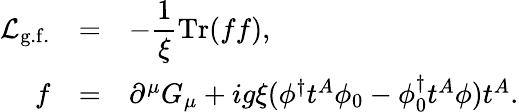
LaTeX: \begin{array}{rcl}{{{\cal L}_{\mathrm{g.f.}}}}&{{=}}&{{\displaystyle-\frac{1}{\xi}\mathrm{Tr}(ff),}}\\ {{f}}&{{=}}&{{\partial^{\mu}G_{\mu}+ig\xi(\phi^{\dagger}t^{A}\phi_{0}-\phi_{0}^{\dagger}t^{A}\phi)t^{A}.}}\end{array}